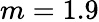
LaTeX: m=1.9